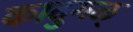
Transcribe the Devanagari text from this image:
कादुगळ्